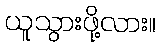
ယူသွားဖို့လား။